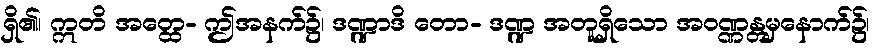
ရှိ၏၊ ဣတိ အတ္ထေ- ဤအနက်၌၊ ဒဏ္ဍာဒိ တော- ဒဏ္ဍ အတူရှိသော အဝဏ္ဏန္တမှနောက်၌၊